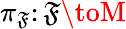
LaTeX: \pi_{\mathfrak{F}}\colon\mathfrak{F}\toM